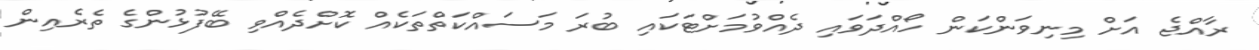
ރާއްޖެ އަށް މިނިވަންކަން ހޯއްދަވައި ދެއްވުމަށްޓަކައި ބުރަ މަސައްކަތްތަކެއް ކޮށްދެއްވި ބޭފުޅުންގެ ތެރެއިން